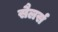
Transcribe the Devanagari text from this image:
सैलर्स